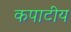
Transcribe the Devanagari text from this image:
कपाटीय